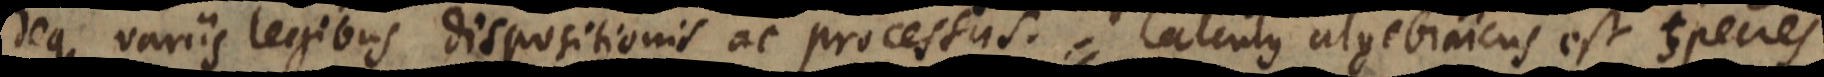
deque variis legibus dispositionis ac processus. Calculus algebraicus est species